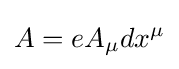
A=eA_{\mu }dx^{\mu }